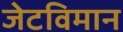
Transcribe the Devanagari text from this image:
जेटविमान